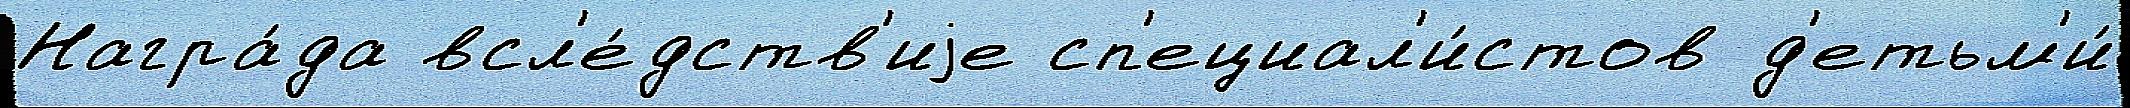
Награ́да всл'е́дств'иjе сп'ециал'и́стов д'етьм'и́